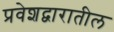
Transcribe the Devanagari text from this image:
प्रवेशद्वारातील